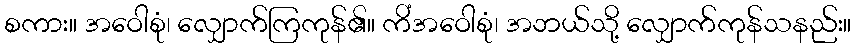
စကား။ အဝေါစုံ၊ လျှောက်ကြကုန်၏။ ကိံအဝေါစုံ၊ အဘယ်သို့ လျှောက်ကုန်သနည်း။